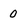
Character: 0